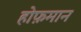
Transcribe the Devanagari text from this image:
होफ़मान